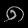
Digit: ၈